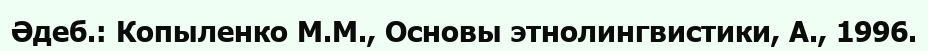
Әдеб.: Копыленко М.М., Основы этнолингвистики, А., 1996.